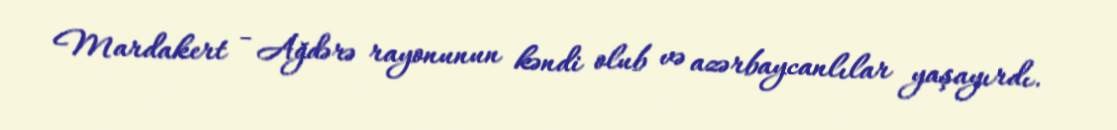
Mardakert - Ağdərə rayonunun kəndi olub və azərbaycanlılar yaşayırdı.